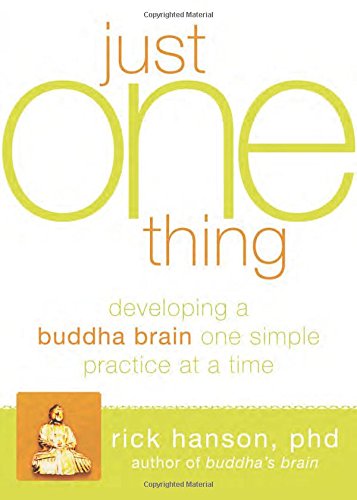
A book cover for Just One Thing: Developing a Buddha Brain One Simple Practice at a Time; Rick Hanson PhD; Self-Help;